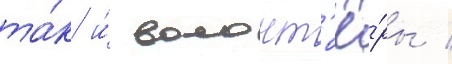
та́к и́ волонт'ё́ры /